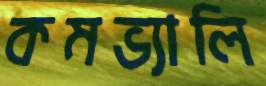
কমভ্যালি